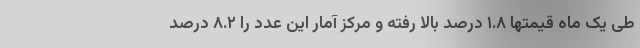
طی یک ماه قیمتها ۱.۸ درصد بالا رفته و مرکز آمار این عدد را ۸.۲ درصد